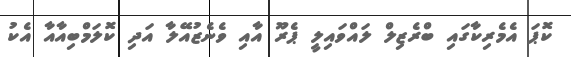
ކޮޕަ އެމެރިކާގައި ބްރެޒިލް ލައްވައިލީ ޕެރޫ އާއި ވެނެޒުއޭލާ އަދި ކޮލަމްބިއާއާ އެކު